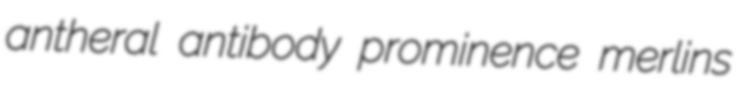
antheral antibody prominence merlins